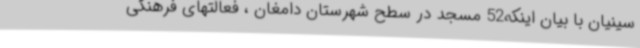
سینیان با بیان اینکه52 مسجد در سطح شهرستان دامغان ، فعالتهای فرهنگی